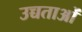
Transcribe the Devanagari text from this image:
उच्चताओं